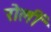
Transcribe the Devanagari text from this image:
रोलीं